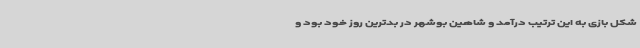
شکل بازی به این ترتیب درآمد و شاهین بوشهر در بدترین روز خود بود و